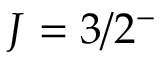
J = 3 / 2 ^ { - }